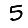
Digit: 5